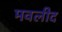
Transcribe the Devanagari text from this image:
मवलीद